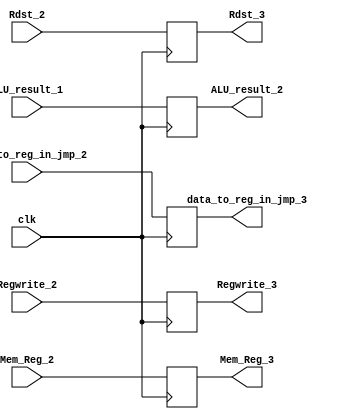
`timescale 1ns / 1ps
//////////////////////////////////////////////////////////////////////////////////
// Company: 
// Engineer: 
// 
// Design Name: 
// Module Name: mem_wb_stage
// Project Name: 
// Target Devices: 
// Tool Versions: 
// Description: 
// 
// Dependencies: 
// 
// Revision:
// Revision 0.01 - File Created
// Additional Comments:
// 
//////////////////////////////////////////////////////////////////////////////////


module mem_wb_stage(
input clk,Regwrite_2,Mem_Reg_2,
input [4:0] Rdst_2,
input[31:0] ALU_result_1,data_to_reg_in_jmp_2,
output reg Regwrite_3,Mem_Reg_3,
output reg [4:0] Rdst_3,
output reg [31:0] ALU_result_2,data_to_reg_in_jmp_3

    );
    
    always@(posedge clk)
    begin
    ALU_result_2<=ALU_result_1;
    Rdst_3<=Rdst_2;
    Regwrite_3<=Regwrite_2;
    Mem_Reg_3<=Mem_Reg_2;
    data_to_reg_in_jmp_3<=data_to_reg_in_jmp_2;
//    Mem_Read_3<=Mem_Read_2;
    end
    
//    D_flipflop #(32) d5(clk,ALU_result,ALU_result_1);//3 st stage of pipeline
//    D_flipflop #(5) d2(clk,Rdst_1,Rdst_2);//third stage of pipeline
//    D_flipflop #(1) d12(clk,Regwrite_1,Regwrite_2);//fourth stage of pipeline
endmodule